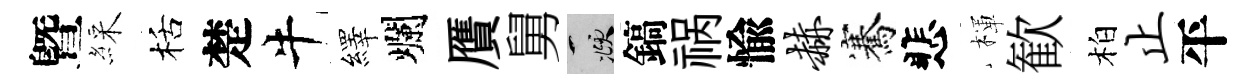
曁綵栝楚牛繹爛贋舅頫鎬祸愉赫騫悲楎歓柏止平